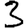
Digit: 3